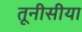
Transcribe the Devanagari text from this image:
तूनीसीया